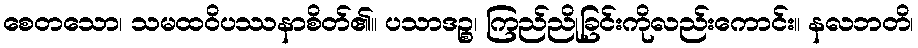
စေတသော၊ သမထဝိပဿနာစိတ်၏။ ပသာဒဉ္စ၊ ကြည်ညိုခြင်းကိုလည်းကောင်း။ နလဘတိ၊